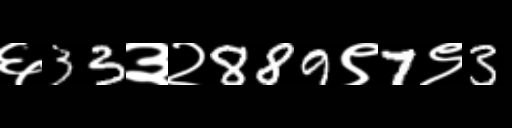
Text: ६33३२889९7९3